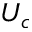
U _ { c }